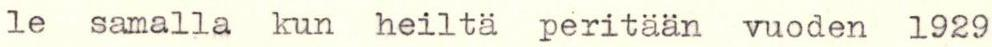
le samalla kun heiltä peritään vuoden 1929